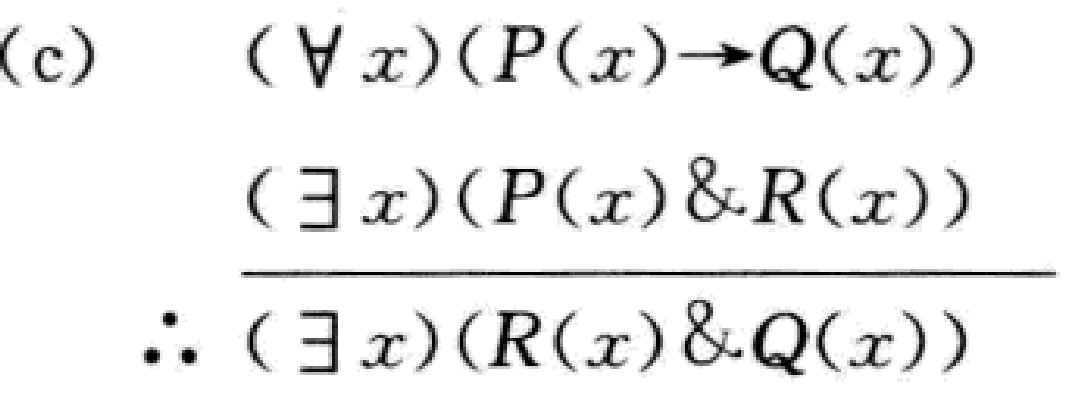
(c) \[

\begin{align*}

&(\forall x)(P(x)\to Q(x))\\

&(\exists x)(P(x)\& R(x))\\

\hline

&\therefore (\exists x)(R(x)\& Q(x))

\end{align*}

\]